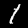
Label: 1